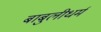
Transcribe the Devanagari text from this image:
बाबुलीधर्म